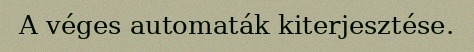
A véges automaták kiterjesztése.